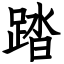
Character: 踏